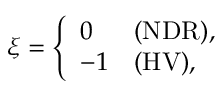
\xi = \left\{ \begin{array} { l l } { { 0 } } & { { \mathrm { ( N D R ) } , } } \\ { { - 1 } } & { { \mathrm { ( H V ) } , } } \end{array} \right.